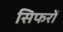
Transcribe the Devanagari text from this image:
सिफरों